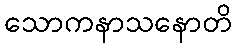
သောကနာသနောတိ